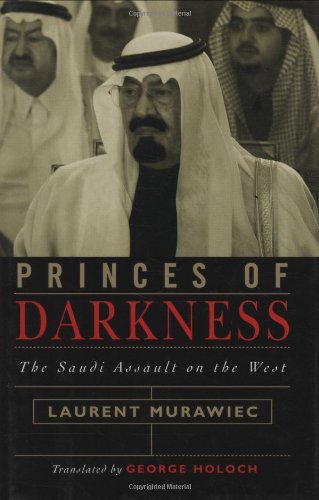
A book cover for Princes of Darkness: The Saudi Assault on the West; Laurent Murawiec; History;